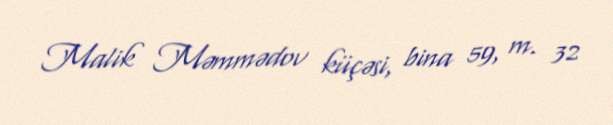
Malik Məmmədov küçəsi, bina 59, m. 32